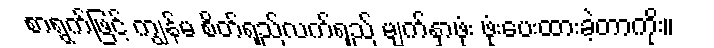
စာရွက်ဖြင့် ကျွန်မ စိတ်ရှည်လက်ရှည် မျက်နှာဖုံး ဖုံးပေးထားခဲ့တာကိုး။